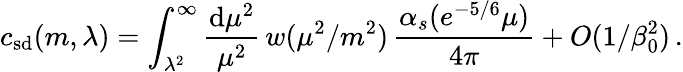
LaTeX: c_{\mathrm{sd}}(m,\lambda)=\int_{\lambda^{2}}^{\infty}\frac{\mathrm{d}\mu^{2}}{\mu^{2}}\, w(\mu^{2}/m^{2})\, \frac{\alpha_{s}(e^{-5/6}\mu)}{4\pi}+O(1/\beta_{0}^{2})\, .